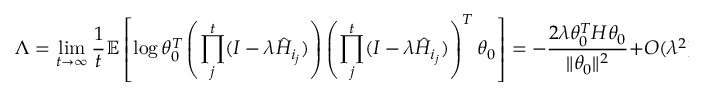
\Lambda = \operatorname* { l i m } _ { t \to \infty } \frac { 1 } { t } \mathbb { E } \left[ \log \theta _ { 0 } ^ { T } \left( \prod _ { j } ^ { t } ( I - \lambda \hat { H } _ { i _ { j } } ) \right) \left( \prod _ { j } ^ { t } ( I - \lambda \hat { H } _ { i _ { j } } ) \right) ^ { T } \theta _ { 0 } \right] = - \frac { 2 \lambda \theta _ { 0 } ^ { T } H \theta _ { 0 } } { \| \theta _ { 0 } \| ^ { 2 } } + O ( \lambda ^ { 2 } ) .